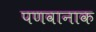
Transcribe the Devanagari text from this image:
पणवानाक